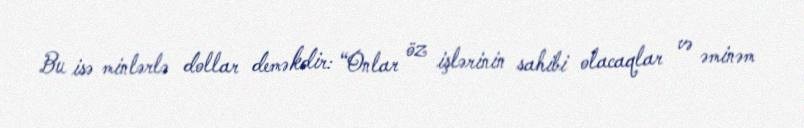
Bu isə minlərlə dollar deməkdir: “Onlar öz işlərinin sahibi olacaqlar və əminəm